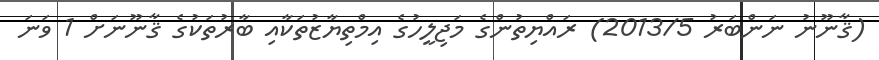
(ޤާނޫނު ނަންބަރު 2013/5) ރައްޔިތުންގެ މަޖިލީހުގެ އިމްތިޔާޒުތަކާއި ބާރުތަކުގެ ޤާނޫނަށް 1 ވަނަ